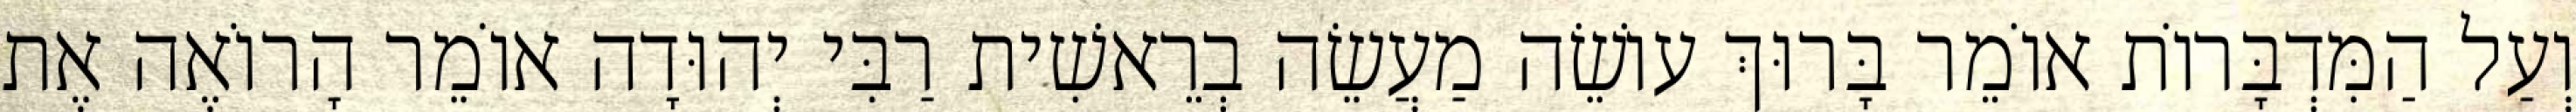
וְעַל הַמִּדְבָּרוֹת אוֹמֵר בָּרוּךְ עוֹשֵׂה מַעֲשֵׂה בְרֵאשִׁית רַבִּי יְהוּדָה אוֹמֵר הָרוֹאֶה אֶת